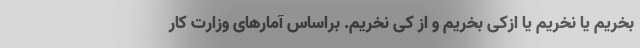
بخریم یا نخریم یا ازکی بخریم و از کی نخریم. براساس آمارهای وزارت کار